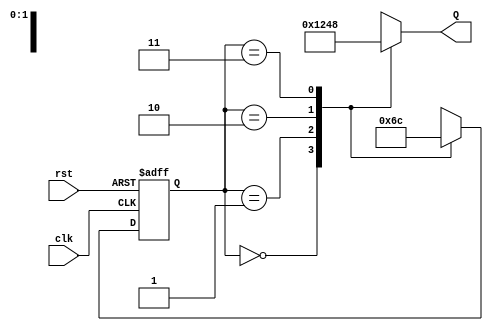
module ring_counter (
    input wire clk,             // Clock input
    input wire rst,             // Asynchronous reset
    output reg [3:0] Q          // 4-bit output
);

// State encoding
parameter STATE_0 = 4'b0001;  // State 0
parameter STATE_1 = 4'b0010;  // State 1
parameter STATE_2 = 4'b0100;  // State 2
parameter STATE_3 = 4'b1000;  // State 3

// Current state register
reg [1:0] current_state;

// Sequential logic for state transitions
always @(posedge clk or posedge rst) begin
    if (rst) begin
        // Asynchronous reset to State 0
        current_state <= 2'b00;
    end else begin
        // State transition logic
        case (current_state)
            2'b00: current_state <= 2'b01; // From State 0 to State 1
            2'b01: current_state <= 2'b10; // From State 1 to State 2
            2'b10: current_state <= 2'b11; // From State 2 to State 3
            2'b11: current_state <= 2'b00; // From State 3 to State 0
            default: current_state <= 2'b00; // Default to State 0
        endcase
    end
end

// Output logic based on current state
always @(*) begin
    case (current_state)
        2'b00: Q = STATE_0; // Output for State 0
        2'b01: Q = STATE_1; // Output for State 1
        2'b10: Q = STATE_2; // Output for State 2
        2'b11: Q = STATE_3; // Output for State 3
        default: Q = 4'b0001; // Default output
    endcase
end

endmodule